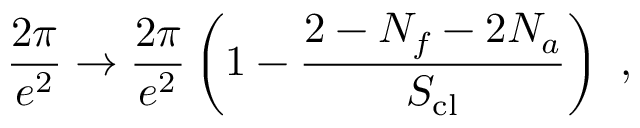
\frac { 2 \pi } { e ^ { 2 } } \rightarrow \frac { 2 \pi } { e ^ { 2 } } \left( 1 - \frac { 2 - N _ { f } - 2 N _ { a } } { S _ { \mathrm { c l } } } \right) \ ,